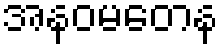
အနဝမတေန